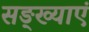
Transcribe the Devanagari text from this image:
सङ्ख्याएं